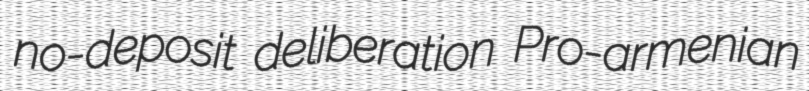
no-deposit deliberation Pro-armenian